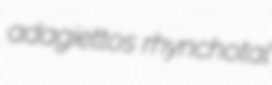
adagiettos rhynchotal